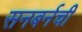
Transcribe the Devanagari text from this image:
सनबर्नची